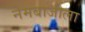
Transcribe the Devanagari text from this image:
नेमबाजीला